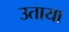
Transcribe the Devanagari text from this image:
उताया